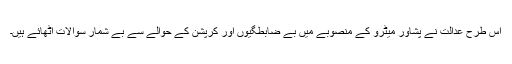
اس طرح عدالت نے پشاور میٹرو کے منصوبے میں بے ضابطگیوں اور کرپشن کے حوالے سے بے شمار سوالات اٹھائے ہیں۔